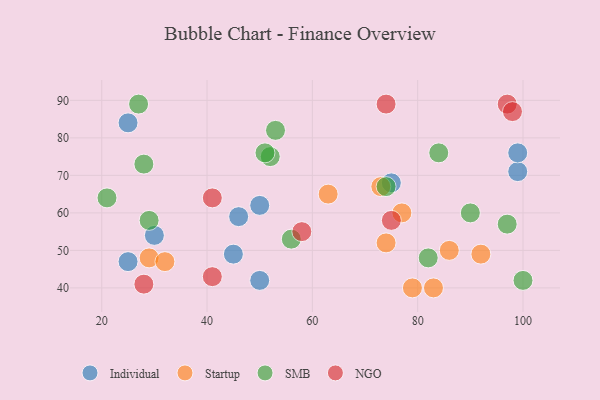
{"axis": {"x": "GDP", "y": "Life Expectancy"}, "legend": ["Individual", "NGO", "SMB", "Startup"], "data": [{"x": "50", "y": 62, "type": "Individual"}, {"x": "99", "y": 71, "type": "Individual"}, {"x": "25", "y": 84, "type": "Individual"}, {"x": "99", "y": 76, "type": "Individual"}, {"x": "46", "y": 59, "type": "Individual"}, {"x": "45", "y": 49, "type": "Individual"}, {"x": "75", "y": 68, "type": "Individual"}, {"x": "30", "y": 54, "type": "Individual"}, {"x": "50", "y": 42, "type": "Individual"}, {"x": "25", "y": 47, "type": "Individual"}, {"x": "74", "y": 52, "type": "Startup"}, {"x": "29", "y": 48, "type": "Startup"}, {"x": "32", "y": 47, "type": "Startup"}, {"x": "73", "y": 67, "type": "Startup"}, {"x": "63", "y": 65, "type": "Startup"}, {"x": "92", "y": 49, "type": "Startup"}, {"x": "79", "y": 40, "type": "Startup"}, {"x": "83", "y": 40, "type": "Startup"}, {"x": "77", "y": 60, "type": "Startup"}, {"x": "86", "y": 50, "type": "Startup"}, {"x": "82", "y": 48, "type": "SMB"}, {"x": "28", "y": 73, "type": "SMB"}, {"x": "56", "y": 53, "type": "SMB"}, {"x": "74", "y": 67, "type": "SMB"}, {"x": "52", "y": 75, "type": "SMB"}, {"x": "84", "y": 76, "type": "SMB"}, {"x": "100", "y": 42, "type": "SMB"}, {"x": "51", "y": 76, "type": "SMB"}, {"x": "97", "y": 57, "type": "SMB"}, {"x": "29", "y": 58, "type": "SMB"}, {"x": "90", "y": 60, "type": "SMB"}, {"x": "21", "y": 64, "type": "SMB"}, {"x": "27", "y": 89, "type": "SMB"}, {"x": "53", "y": 82, "type": "SMB"}, {"x": "97", "y": 89, "type": "NGO"}, {"x": "98", "y": 87, "type": "NGO"}, {"x": "75", "y": 58, "type": "NGO"}, {"x": "74", "y": 89, "type": "NGO"}, {"x": "41", "y": 43, "type": "NGO"}, {"x": "58", "y": 55, "type": "NGO"}, {"x": "41", "y": 64, "type": "NGO"}, {"x": "28", "y": 41, "type": "NGO"}]}